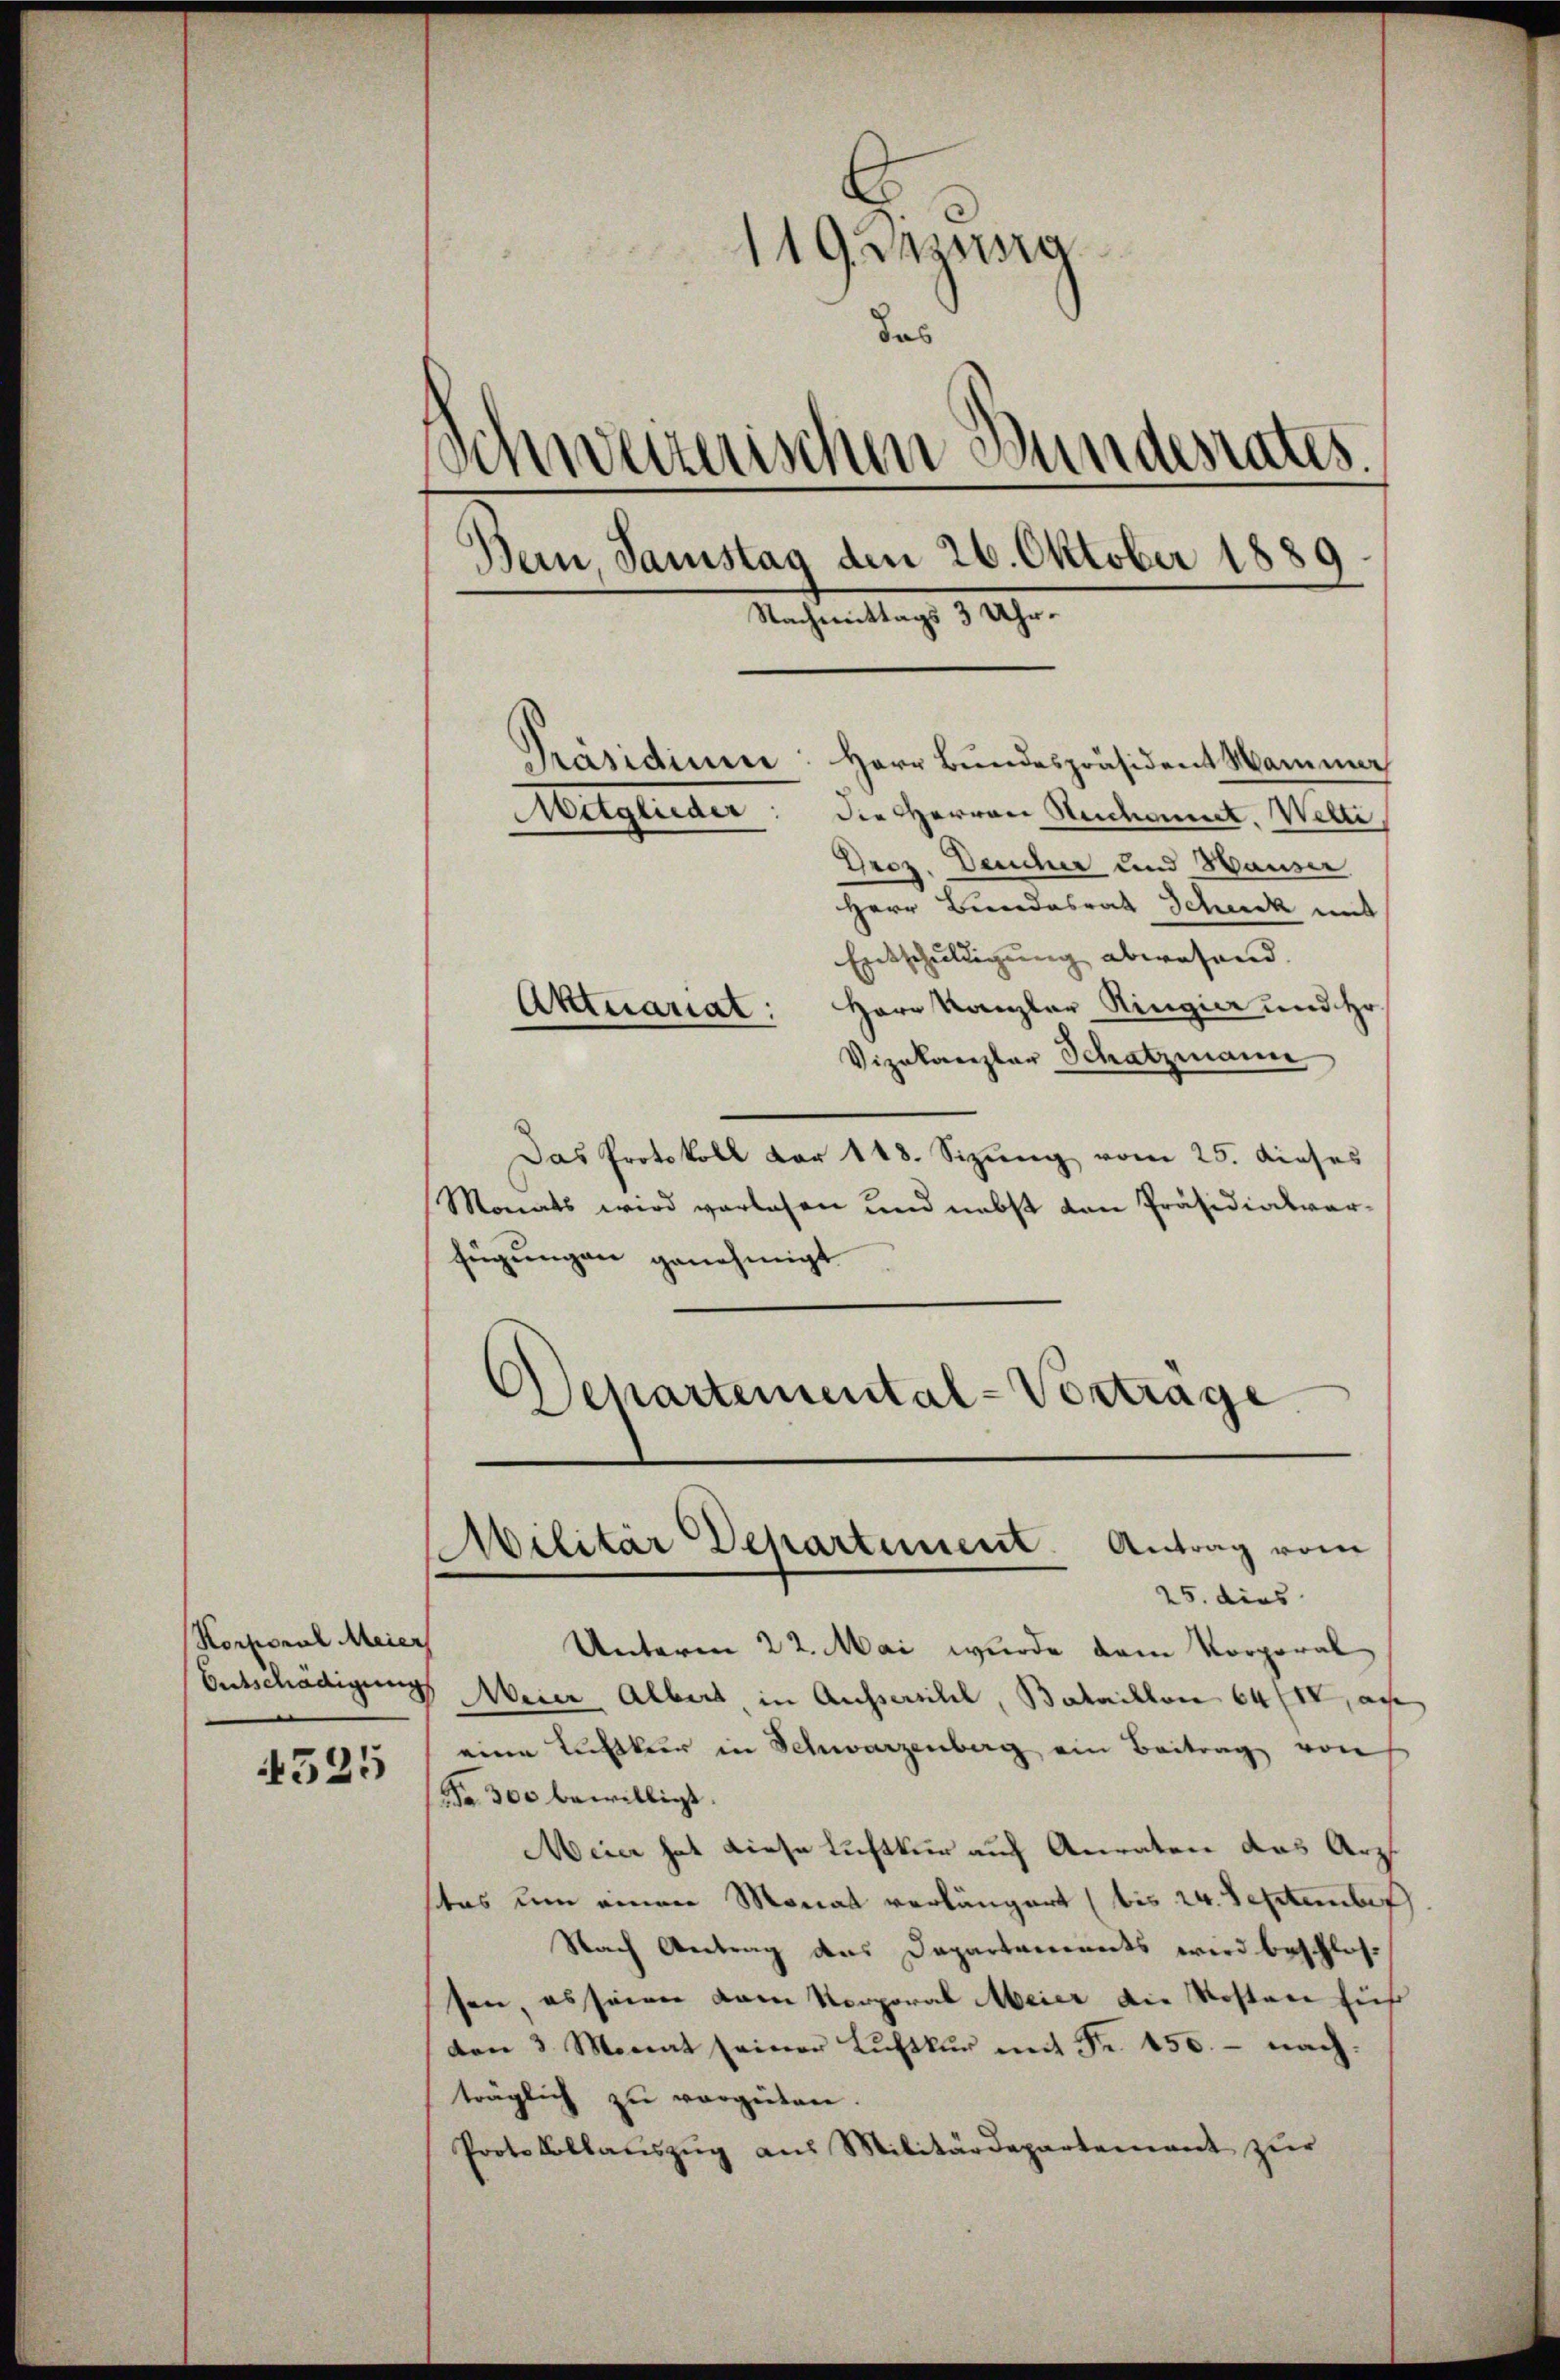
Korporal Meier
4525

119 Aug
das
Schweizerischen Bundesrates.
Bern, Samstag den 26. Oktober 1889.
Nachmittag 8 Uhr.

Präsidium: Herr Bundespräsident Mammar
die Herren Stechanict. Welti,
Droz. Deucher und Hauser
Herr Bundesrat Scheck mit
Entschuldigung abwesend.
Aktuariat: Herr Kanzler Ringier und Hr.
Vizekanzler Schatzmann
Das Protokoll vor 148. Sizung vom 25. dieses
Monats wird verlesen und nebst von Präsidialverfügungen genehmigt
Departemental-Vortrage
Militär Departement. Antrag vom
25. dies
Unterm 22. Mai wurde dem Vorporal
Entschädigung Meier Albert, in Aussersihl, Bataillon 64, au
eine Luftker in Schwarzenberg ein Beitrag von
Fa 300 bewilligt.
Meier hat diese Luftkur auch Anraten das Arzt
stes um einen Monat verlängert (bis 24. September
Nach Antrag das Departements wird beschlos
sen, es seien vom Korporal Meier die Kosten für
den 3. Monat seiner Luftkŭr mit Fr. 450. - nach.
träglich zu vergieben.
Protokollauszug aus Militärdepartement zur

Mitglieder